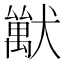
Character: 𤢚